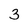
Character: 3